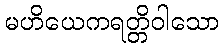
မဟိယေကရတ္တိဝါသော